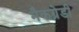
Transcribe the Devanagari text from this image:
मैकग्रेडी